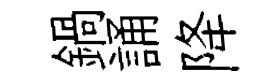
鍋誦降